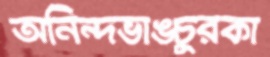
অনিন্দভাঙচুরকা